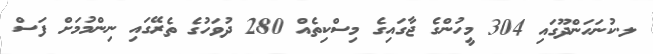
ލ.ކުނަހަންދޫގައި 304 މީހުންގެ ޖާގައިގެ މިސްކިތެއް 280 ދުވަހުގެ ތެރޭގައި ނިންމުމަށް ފަސް